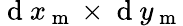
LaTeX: \mathrm{~d~}x_{\mathrm{~m~}}\times\mathrm{~d~}y_{\mathrm{~m~}}